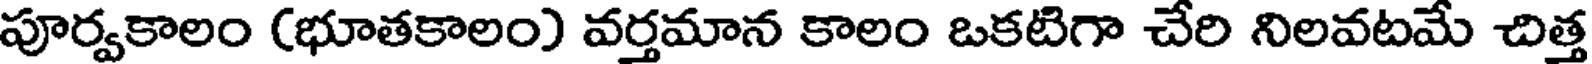
పూర్వకాలం (భూతకాలం) వర్తమాన కాలం ఒకటిగా చేరి నిలవటమే చిత్త